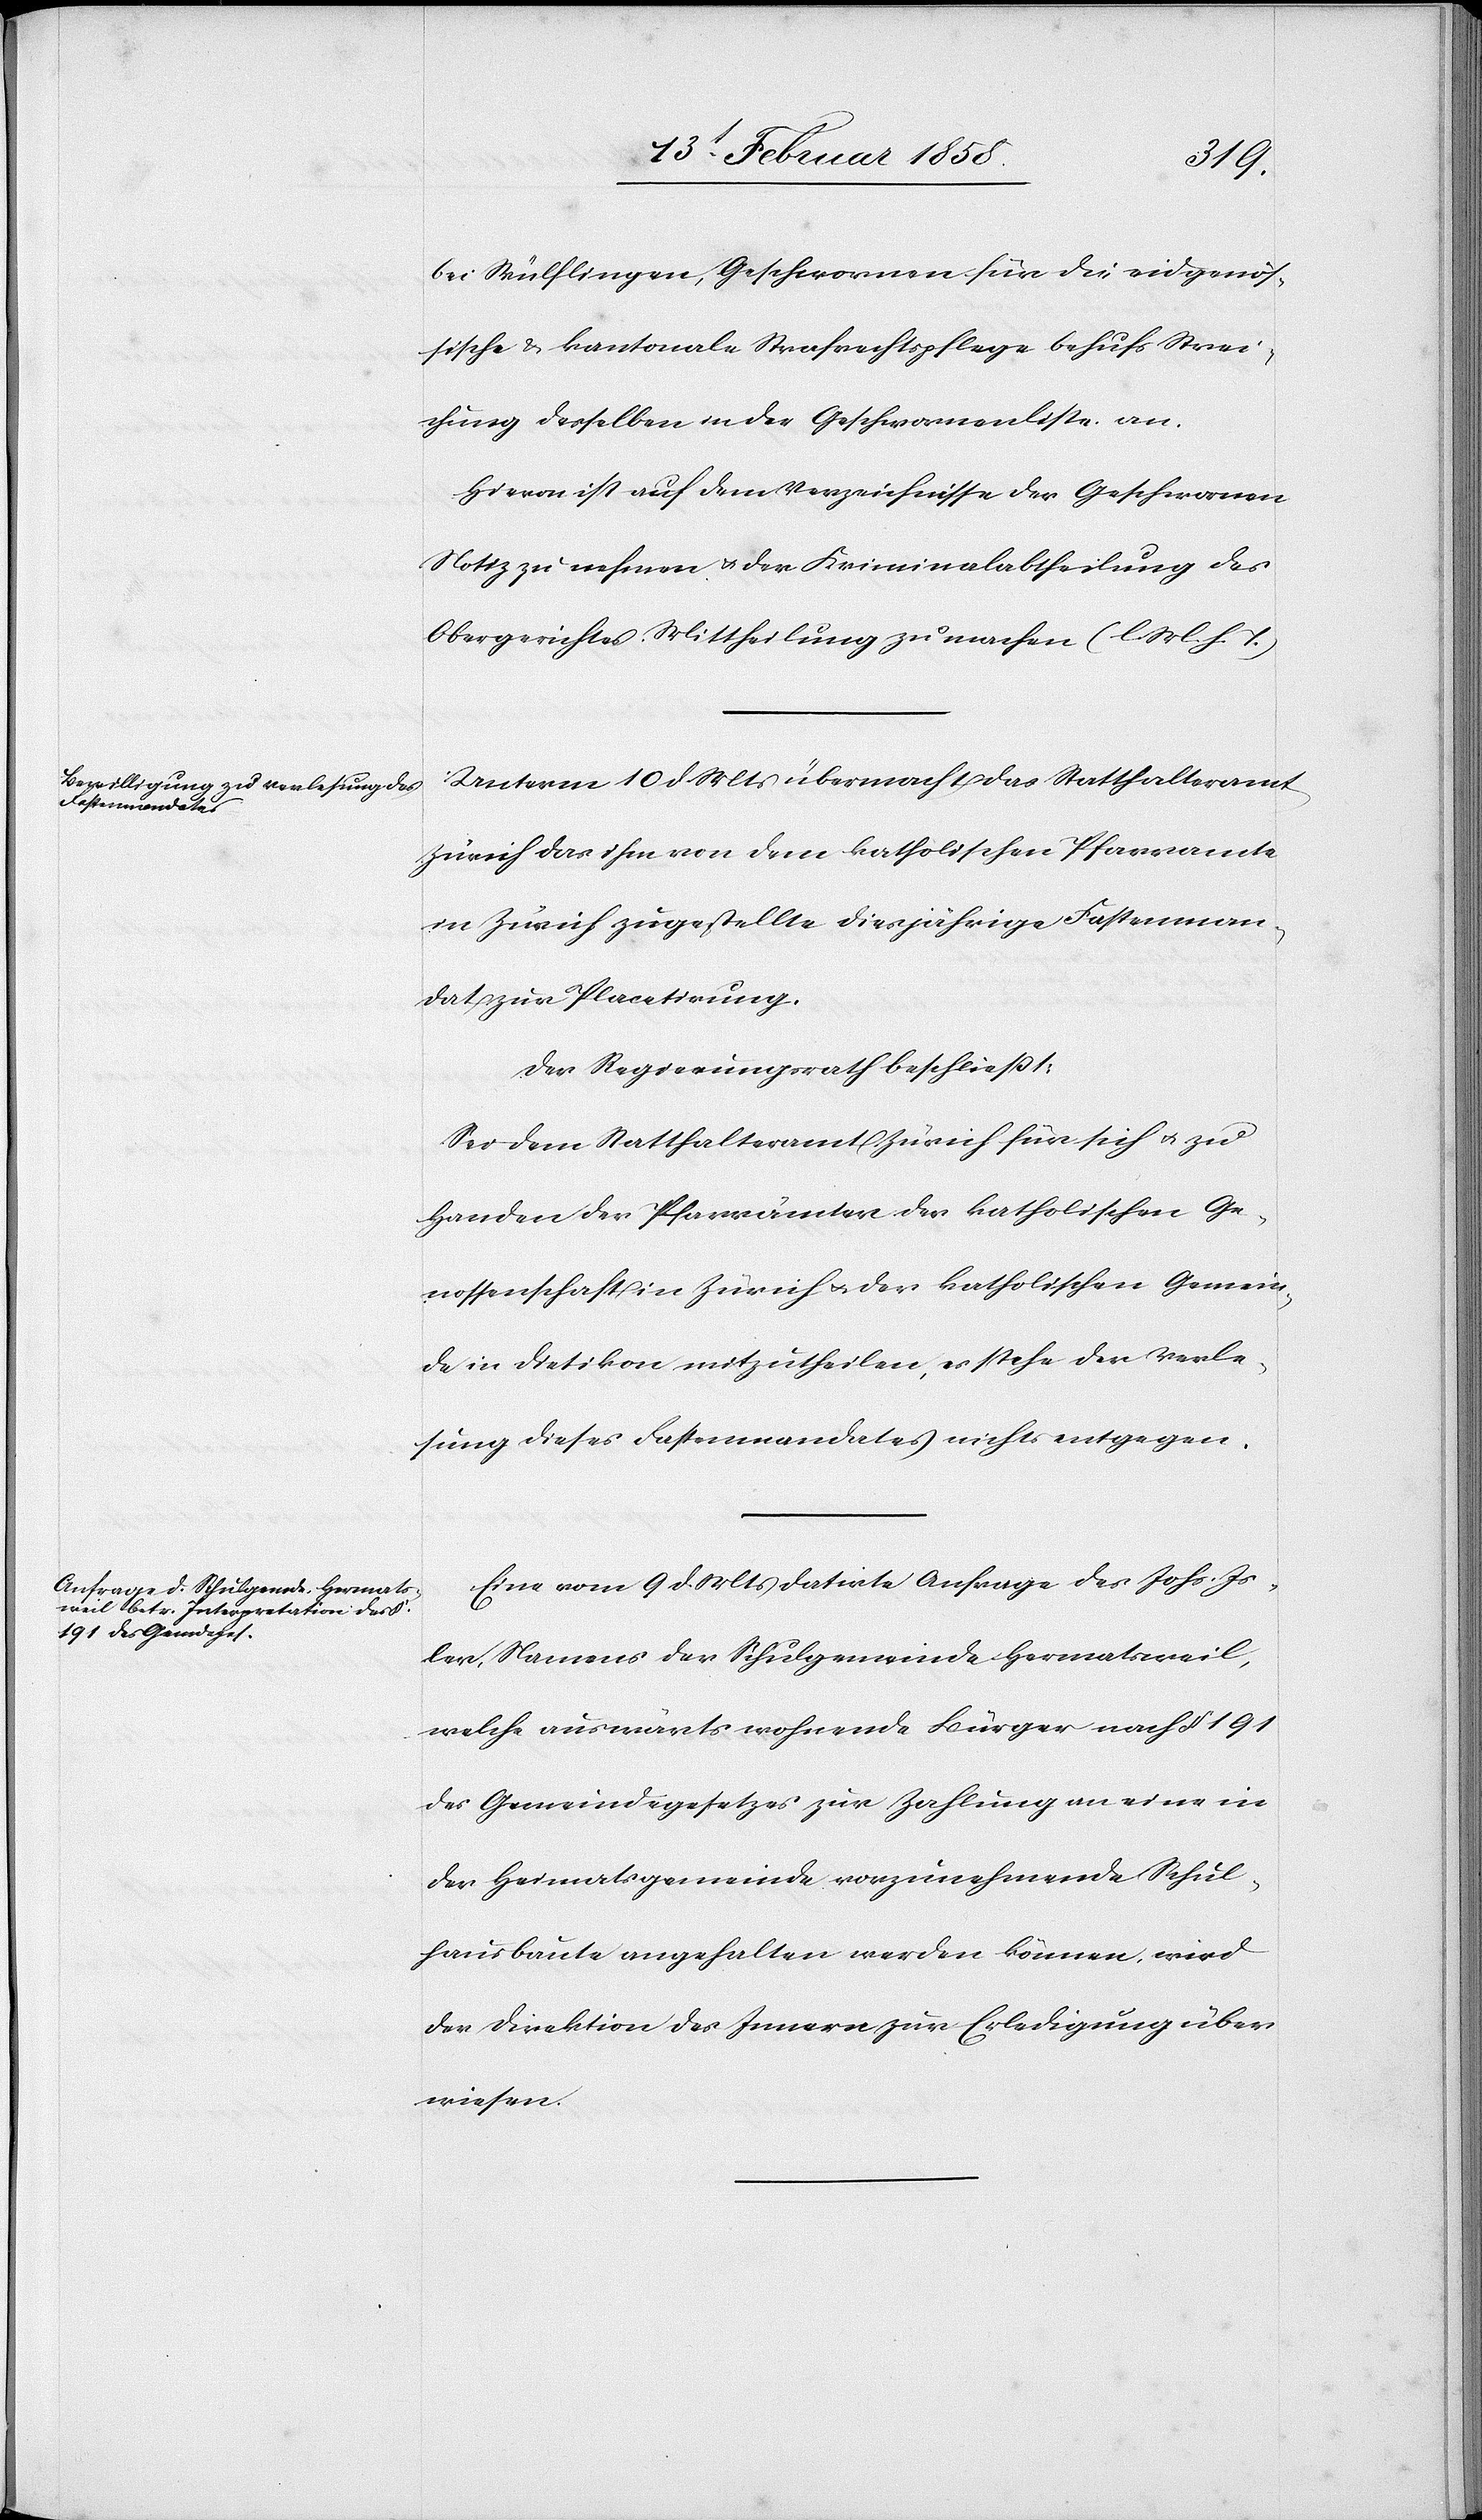
bei Wülflingen, Geschwornen für die eidgenös¬
sische & kantonale Strafrechtspflege behufs Strei¬
chung desselben in der Geschwornenliste an.
Hievon ist auf dem Verzeichnisse der Geschwornen
Notiz zu nehmen u. der Kriminalabtheilung des
Obergerichtes Mittheilung zu machen (l. M. v. h. T)
Unterm 10 d. Mts. übermacht das Statthalteramt
Zürich das ihm von dem katholischen Pfarramte
in Zürich zugestellte diesjährige Fastenman¬
dat zur Placetirung.
Der Regierungsrath beschließt:
Sei dem Statthalteramt Zürich für sich u. zu
Handen der Pfarrämter der katholischen Ge¬
nossenschaft in Zürich u. der katholischen Gemein¬
de in Dietikon mitzutheilen, es stehe der Verle¬
sung dieses Fastenmandates nichts entgegen.
Eine vom 9 d. Mts datirte Anfrage des Johs. Is¬
ler, Namens der Schulgemeinde Hermatsweil,
welche auswärts wohnende Bürger nach § 191
des Gemeindegesetzes zur Zahlung an eine in
der Heimatsgemeinde vorzunehmende Schul¬
hausbaute angehalten werden können, wird
der Direktion des Innern zur Erledigung über¬
wiesen.